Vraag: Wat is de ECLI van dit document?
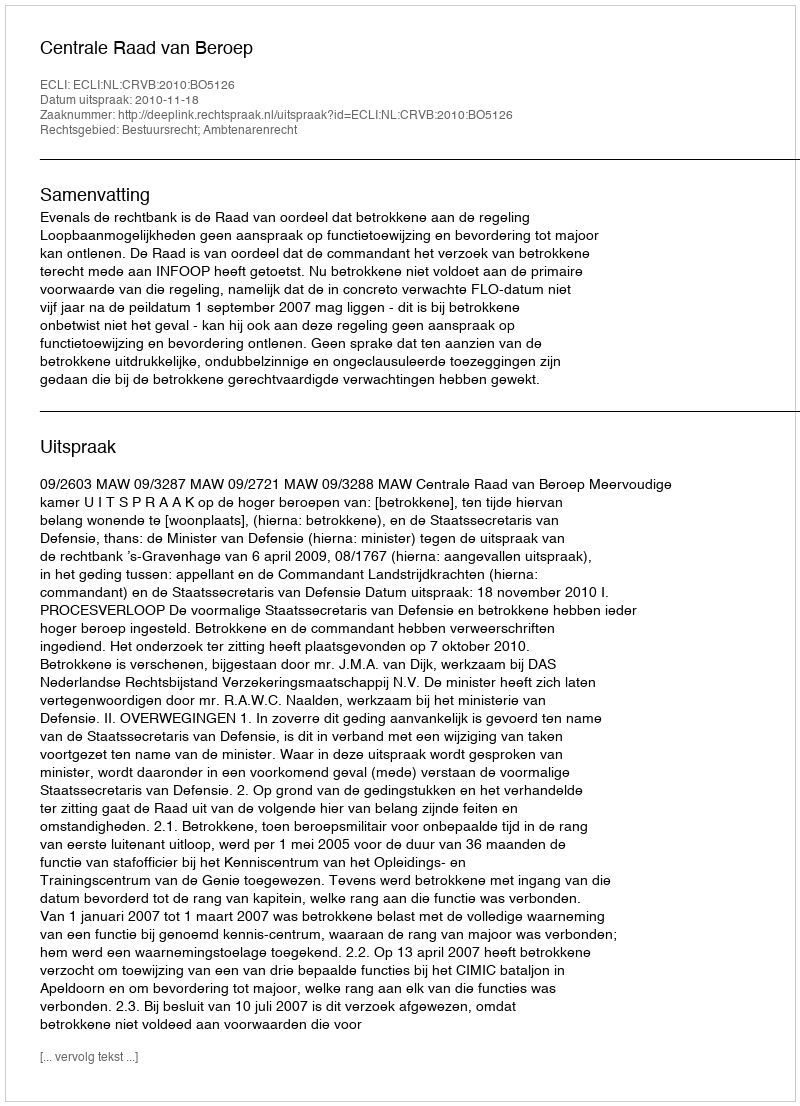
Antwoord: ECLI:NL:CRVB:2010:BO5126